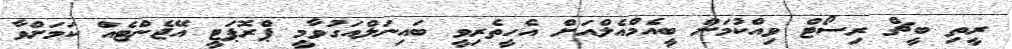
ރީތި ބީޗް ރިސޯޓް ވިއްކުމަށް ބީއެމްއެލްއަށް އެހީތެރިވީ ބައިނަލްއަގުވާމީ ޕްރޮޕަޓީ އޭޖެންޓެއް ކަމަށްވާ